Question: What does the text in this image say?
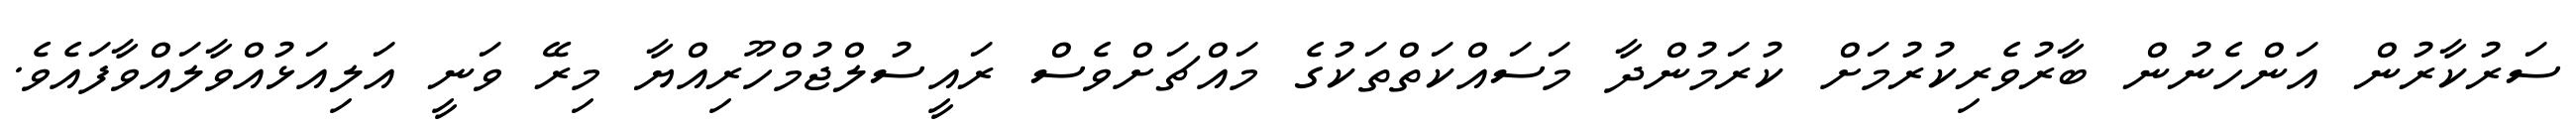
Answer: ސަރުކާރުން އަންހެނުން ބާރުވެރިކުރުމަށް ކުރަމުންދާ މަސައްކަތްތަކުގެ މައްޗަށްވެސް ރައީސުލްޖުމްހޫރިއްޔާ މިރޭ ވަނީ އަލިއަޅުއްވާލައްވާފައެވެ.